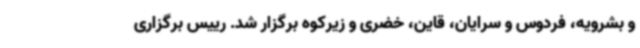
و بشرویه، فردوس و سرایان، قاین، خضری و زیرکوه برگزار شد. رییس برگزاری